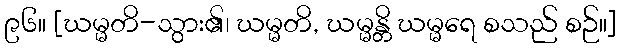
၉၆။ [ဃမ္မတိ-သွား၏၊ ဃမ္မတိ, ဃမ္မန္တိ ဃမ္မရေ စသည် စဉ်။]